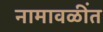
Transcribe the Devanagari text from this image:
नामावळींत